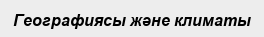
Географиясы және климаты